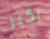
اكبر